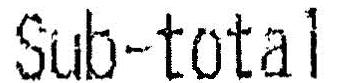
SUB-TOTAL